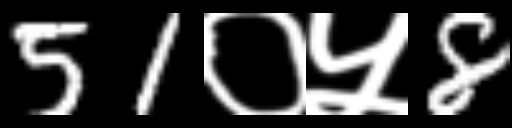
Text: 51०५8